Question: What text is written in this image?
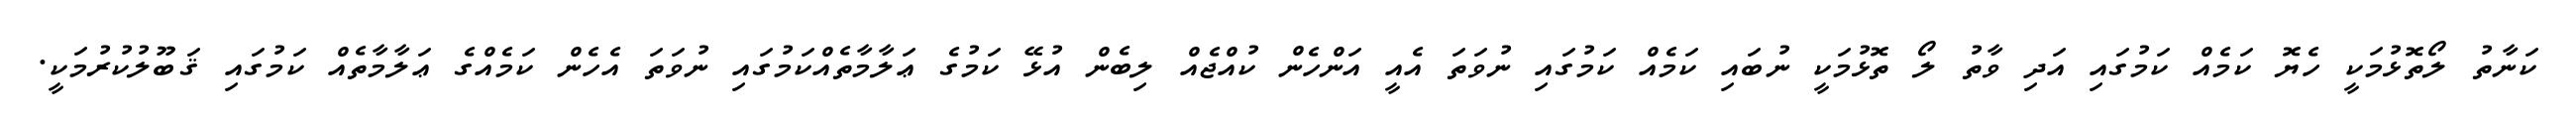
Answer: ކަނާތު ލޯތޮޅުމަކީ ހެޔޮ ކަމެއް ކަމުގައި އަދި ވާތު ލޯ ތޮޅުމަކީ ނުބައި ކަމެއް ކަމުގައި ނުވަތަ އެއީ އަންހެން ކުއްޖެއް ލިބެން އުޅޭ ކަމުގެ ޢަލާމާތެއްކަމުގައި ނުވަތަ އެހެން ކަމެއްގެ ޢަލާމާތެއް ކަމުގައި ޤަބޫލުކުރުމަކީ.